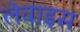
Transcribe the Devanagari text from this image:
लेवाइस